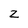
Character: z